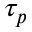
\tau _ { p }